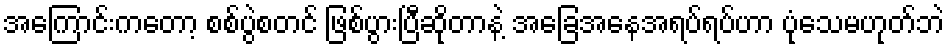
အကြောင်းကတော့ စစ်ပွဲစတင် ဖြစ်ပွားပြီဆိုတာနဲ့ အခြေအနေအရပ်ရပ်ဟာ ပုံသေမဟုတ်ဘဲ